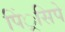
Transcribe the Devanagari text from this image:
पिं्रसिपे